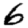
Digit: 6